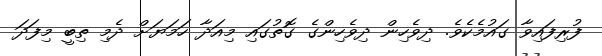
ފުރިފައިވާ ގައުމެކެވެ. ދިވެހިން ދިވެހިންގެ ގޮތުގައި މިއަދާ ހަމަޔަށް ދެމި ތިބީ މިފަދަ